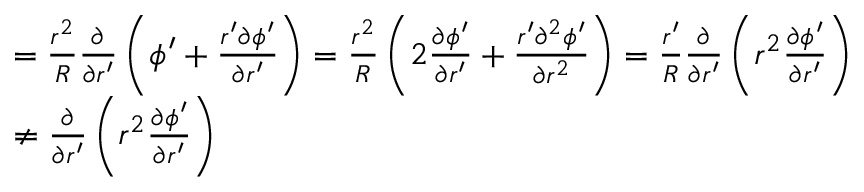
\begin{array} { r l } & { = \frac { r ^ { 2 } } { R } \frac { \partial } { \partial r ^ { \prime } } \left( \phi ^ { \prime } + \frac { r ^ { \prime } \partial \phi ^ { \prime } } { \partial r ^ { \prime } } \right) = \frac { r ^ { 2 } } { R } \left( 2 \frac { \partial \phi ^ { \prime } } { \partial r ^ { \prime } } + \frac { r ^ { \prime } \partial ^ { 2 } \phi ^ { \prime } } { \partial r ^ { 2 } } \right) = \frac { r ^ { \prime } } { R } \frac { \partial } { \partial r ^ { \prime } } \left( r ^ { 2 } \frac { \partial \phi ^ { \prime } } { \partial r ^ { \prime } } \right) } \\ & { \neq \frac { \partial } { \partial r ^ { \prime } } \left( r ^ { 2 } \frac { \partial \phi ^ { \prime } } { \partial r ^ { \prime } } \right) } \end{array}